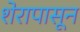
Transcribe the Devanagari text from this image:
शेरापासून